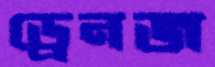
ড্রেনজ